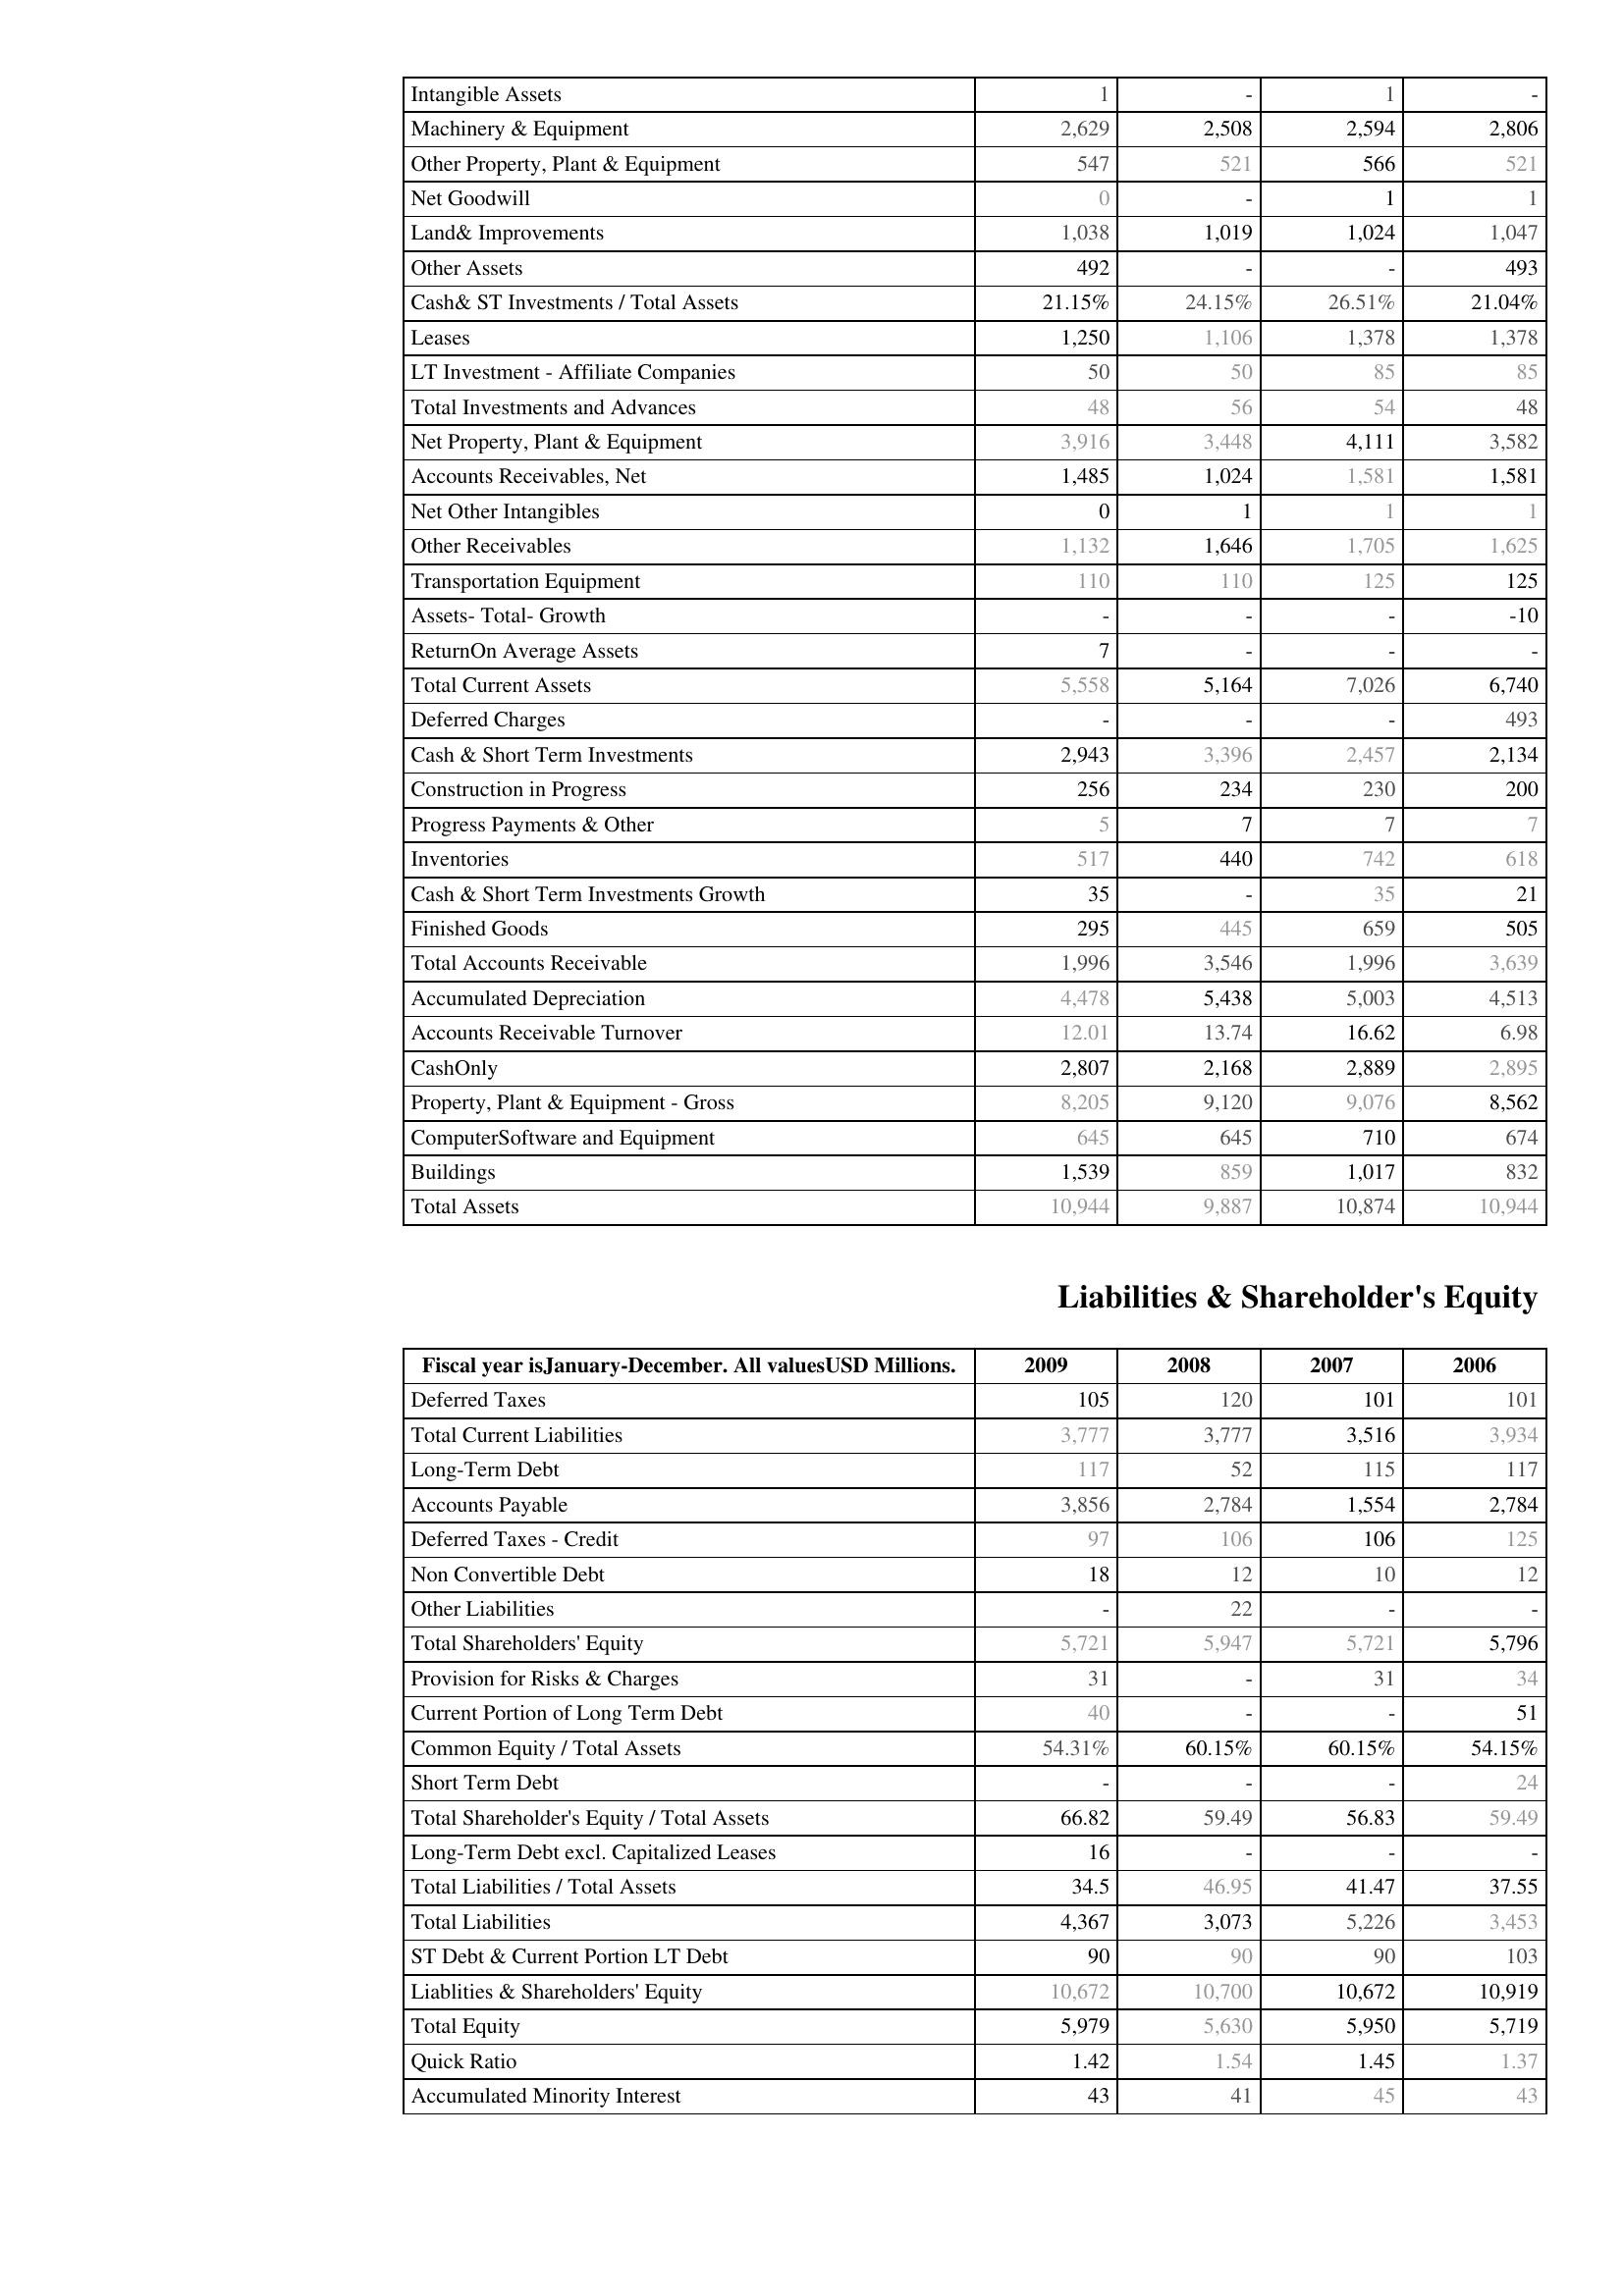
2009: Assets: Intangible Assets: 1
Machinery & Equipment: 2,629
Other Property, Plant & Equipment: 547
Net Goodwill: 0
Land& Improvements: 1,038
Other Assets: 492
Cash& ST Investments / Total Assets: 21.15%
Leases: 1,250
LT Investment - Affiliate Companies: 50
Total Investments and Advances: 48
Net Property, Plant & Equipment: 3,916
Accounts Receivables, Net: 1,485
Net Other Intangibles: 0
Other Receivables: 1,132
Transportation Equipment: 110
Assets- Total- Growth: -
ReturnOn Average Assets: 7
Total Current Assets: 5,558
Deferred Charges: -
Cash & Short Term Investments: 2,943
Construction in Progress: 256
Progress Payments & Other: 5
Inventories: 517
Cash & Short Term Investments Growth: 35
Finished Goods: 295
Total Accounts Receivable: 1,996
Accumulated Depreciation: 4,478
Accounts Receivable Turnover: 12.01
CashOnly: 2,807
Property, Plant & Equipment - Gross : 8,205
ComputerSoftware and Equipment: 645
Buildings: 1,539
Total Assets: 10,944
Liabilities & Shareholder's Equity: Deferred Taxes: 105
Total Current Liabilities: 3,777
Long-Term Debt: 117
Accounts Payable: 3,856
Deferred Taxes - Credit: 97
Non Convertible Debt: 18
Other Liabilities: -
Total Shareholders' Equity: 5,721
Provision for Risks & Charges: 31
Current Portion of Long Term Debt: 40
Common Equity / Total Assets: 54.31%
Short Term Debt: -
Total Shareholder's Equity / Total Assets: 66.82
Long-Term Debt excl. Capitalized Leases: 16
Total Liabilities / Total Assets: 34.5
Total Liabilities: 4,367
ST Debt & Current Portion LT Debt: 90
Liablities & Shareholders' Equity: 10,672
Total Equity: 5,979
Quick Ratio: 1.42
Accumulated Minority Interest: 43
2008: Assets: Intangible Assets: -
Machinery & Equipment: 2,508
Other Property, Plant & Equipment: 521
Net Goodwill: -
Land& Improvements: 1,019
Other Assets: -
Cash& ST Investments / Total Assets: 24.15%
Leases: 1,106
LT Investment - Affiliate Companies: 50
Total Investments and Advances: 56
Net Property, Plant & Equipment: 3,448
Accounts Receivables, Net: 1,024
Net Other Intangibles: 1
Other Receivables: 1,646
Transportation Equipment: 110
Assets- Total- Growth: -
ReturnOn Average Assets: -
Total Current Assets: 5,164
Deferred Charges: -
Cash & Short Term Investments: 3,396
Construction in Progress: 234
Progress Payments & Other: 7
Inventories: 440
Cash & Short Term Investments Growth: -
Finished Goods: 445
Total Accounts Receivable: 3,546
Accumulated Depreciation: 5,438
Accounts Receivable Turnover: 13.74
CashOnly: 2,168
Property, Plant & Equipment - Gross : 9,120
ComputerSoftware and Equipment: 645
Buildings: 859
Total Assets: 9,887
Liabilities & Shareholder's Equity: Deferred Taxes: 120
Total Current Liabilities: 3,777
Long-Term Debt: 52
Accounts Payable: 2,784
Deferred Taxes - Credit: 106
Non Convertible Debt: 12
Other Liabilities: 22
Total Shareholders' Equity: 5,947
Provision for Risks & Charges: -
Current Portion of Long Term Debt: -
Common Equity / Total Assets: 60.15%
Short Term Debt: -
Total Shareholder's Equity / Total Assets: 59.49
Long-Term Debt excl. Capitalized Leases: -
Total Liabilities / Total Assets: 46.95
Total Liabilities: 3,073
ST Debt & Current Portion LT Debt: 90
Liablities & Shareholders' Equity: 10,700
Total Equity: 5,630
Quick Ratio: 1.54
Accumulated Minority Interest: 41
2007: Assets: Intangible Assets: 1
Machinery & Equipment: 2,594
Other Property, Plant & Equipment: 566
Net Goodwill: 1
Land& Improvements: 1,024
Other Assets: -
Cash& ST Investments / Total Assets: 26.51%
Leases: 1,378
LT Investment - Affiliate Companies: 85
Total Investments and Advances: 54
Net Property, Plant & Equipment: 4,111
Accounts Receivables, Net: 1,581
Net Other Intangibles: 1
Other Receivables: 1,705
Transportation Equipment: 125
Assets- Total- Growth: -
ReturnOn Average Assets: -
Total Current Assets: 7,026
Deferred Charges: -
Cash & Short Term Investments: 2,457
Construction in Progress: 230
Progress Payments & Other: 7
Inventories: 742
Cash & Short Term Investments Growth: 35
Finished Goods: 659
Total Accounts Receivable: 1,996
Accumulated Depreciation: 5,003
Accounts Receivable Turnover: 16.62
CashOnly: 2,889
Property, Plant & Equipment - Gross : 9,076
ComputerSoftware and Equipment: 710
Buildings: 1,017
Total Assets: 10,874
Liabilities & Shareholder's Equity: Deferred Taxes: 101
Total Current Liabilities: 3,516
Long-Term Debt: 115
Accounts Payable: 1,554
Deferred Taxes - Credit: 106
Non Convertible Debt: 10
Other Liabilities: -
Total Shareholders' Equity: 5,721
Provision for Risks & Charges: 31
Current Portion of Long Term Debt: -
Common Equity / Total Assets: 60.15%
Short Term Debt: -
Total Shareholder's Equity / Total Assets: 56.83
Long-Term Debt excl. Capitalized Leases: -
Total Liabilities / Total Assets: 41.47
Total Liabilities: 5,226
ST Debt & Current Portion LT Debt: 90
Liablities & Shareholders' Equity: 10,672
Total Equity: 5,950
Quick Ratio: 1.45
Accumulated Minority Interest: 45
2006: Assets: Intangible Assets: -
Machinery & Equipment: 2,806
Other Property, Plant & Equipment: 521
Net Goodwill: 1
Land& Improvements: 1,047
Other Assets: 493
Cash& ST Investments / Total Assets: 21.04%
Leases: 1,378
LT Investment - Affiliate Companies: 85
Total Investments and Advances: 48
Net Property, Plant & Equipment: 3,582
Accounts Receivables, Net: 1,581
Net Other Intangibles: 1
Other Receivables: 1,625
Transportation Equipment: 125
Assets- Total- Growth: -10
ReturnOn Average Assets: -
Total Current Assets: 6,740
Deferred Charges: 493
Cash & Short Term Investments: 2,134
Construction in Progress: 200
Progress Payments & Other: 7
Inventories: 618
Cash & Short Term Investments Growth: 21
Finished Goods: 505
Total Accounts Receivable: 3,639
Accumulated Depreciation: 4,513
Accounts Receivable Turnover: 6.98
CashOnly: 2,895
Property, Plant & Equipment - Gross : 8,562
ComputerSoftware and Equipment: 674
Buildings: 832
Total Assets: 10,944
Liabilities & Shareholder's Equity: Deferred Taxes: 101
Total Current Liabilities: 3,934
Long-Term Debt: 117
Accounts Payable: 2,784
Deferred Taxes - Credit: 125
Non Convertible Debt: 12
Other Liabilities: -
Total Shareholders' Equity: 5,796
Provision for Risks & Charges: 34
Current Portion of Long Term Debt: 51
Common Equity / Total Assets: 54.15%
Short Term Debt: 24
Total Shareholder's Equity / Total Assets: 59.49
Long-Term Debt excl. Capitalized Leases: -
Total Liabilities / Total Assets: 37.55
Total Liabilities: 3,453
ST Debt & Current Portion LT Debt: 103
Liablities & Shareholders' Equity: 10,919
Total Equity: 5,719
Quick Ratio: 1.37
Accumulated Minority Interest: 43